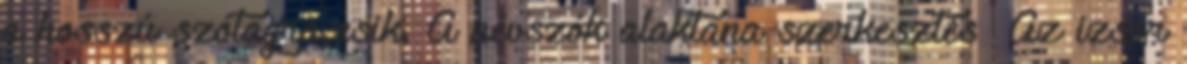
a hosszú szótagra esik. A névszók alaktana szerkesztés Az izsor